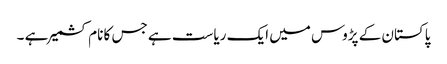
پاکستان کے پڑوس میں ایک ریاست ہے جس کا نام کشمیر ہے ۔